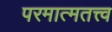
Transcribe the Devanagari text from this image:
परमात्मतत्त्व